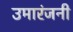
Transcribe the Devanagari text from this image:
उमारंजनी